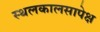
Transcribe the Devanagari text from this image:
स्थलकालसापेक्ष